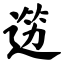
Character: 笾